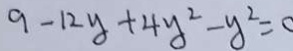
9 - 1 2 y + 4 y ^ { 2 } - y ^ { 2 } = 0